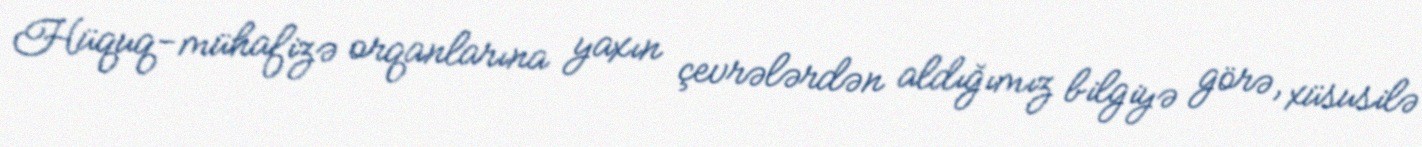
Hüquq-mühafizə orqanlarına yaxın çevrələrdən aldığımız bilgiyə görə, xüsusilə